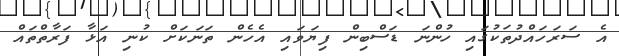
އެ ސަރަހައްދުތަކުގައި ހުންނަ ޑަސްބިން ފިޔަވައި އެހެން ތަނަކަށް ކުނި އަޅާ ފަރާތްތައް